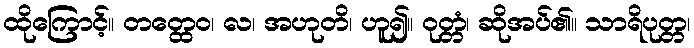
ထိုကြောင့်။ တတ္ထေဝ၊ လ၊ အဟုတိ၊ ဟူ၍။ ဝုတ္တံ၊ ဆိုအပ်၏။ သာရိပုတ္တ၊